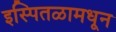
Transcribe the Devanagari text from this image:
इस्पितळामधून